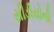
સીડીયોની